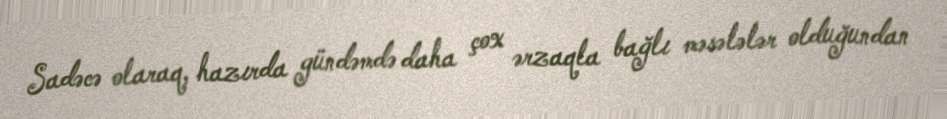
Sadəcə olaraq, hazırda gündəmdə daha çox ərzaqla bağlı məsələlər olduğundan